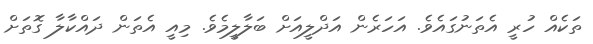
ތަކެއް ހުރީ އެތަނުގައެވެ. އަހަރެން އަދްލީއަށް ބަލާލީމެވެ. މިއީ އެތަން ދައްކާލާ ގޮތަށް